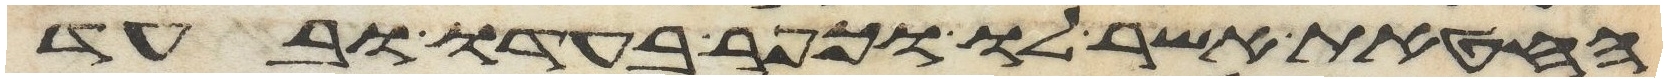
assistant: החטאת אשר לו וכפר בעדו ובעד